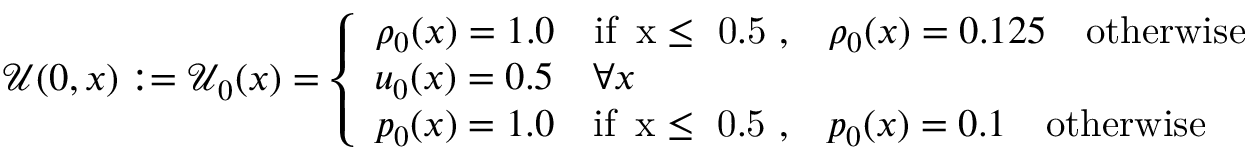
\mathcal { U } ( 0 , x ) : = \mathcal { U } _ { 0 } ( x ) = \left\{ \begin{array} { l l } { \rho _ { 0 } ( x ) = 1 . 0 \quad \mathrm { i f ~ \, x \leq ~ 0 . 5 ~ , } \quad \rho _ { 0 } ( x ) = 0 . 1 2 5 \quad \mathrm { o t h e r w i s e } } \\ { u _ { 0 } ( x ) = 0 . 5 \quad \forall x } \\ { p _ { 0 } ( x ) = 1 . 0 \quad \mathrm { i f ~ \, x \leq ~ 0 . 5 ~ , } \quad p _ { 0 } ( x ) = 0 . 1 \quad \mathrm { o t h e r w i s e } } \end{array} \right.